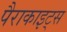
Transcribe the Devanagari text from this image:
पैराकाइट्स